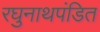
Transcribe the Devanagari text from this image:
रघुनाथपंडित